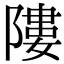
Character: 𨻻